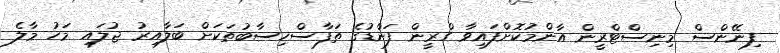
ފިނޭންސް މިނިސްޓްރީން އާންމުކޮށްފައިވާ ގްރީން ފަންޑުގެ ތަފާސްހިސާބުތަކަށް ބަލާއިރު ޖުލައި މަހު މާލެ